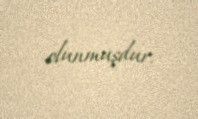
olunmuşdur.